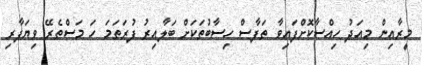
މީރާއިން މިއަދު ހިއްސާކޮށްފައިވާ ތަފާސް ހިސާބުތަކަށް ބަލާއިރު ފުރަތަމަ ހަ މަސްތެރޭ ވިޔަފާރި